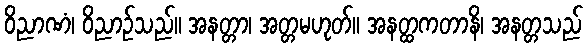
ဝိညာဏံ၊ ဝိညာဉ်သည်။ အနတ္တာ၊ အတ္တမဟုတ်။ အနတ္ထကတာနိ၊ အနတ္တသည်